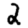
Digit: 2